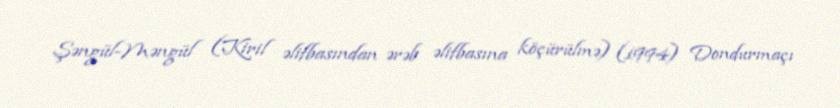
Şəngül-Məngül (Kiril əlifbasından ərəb əlifbasına köçürülmə) (1994) Dondurmaçı